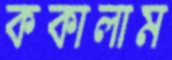
ককালাম